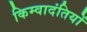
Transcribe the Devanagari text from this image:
किम्वादंतियों